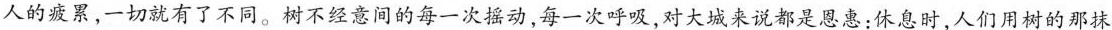
人的疲累，一切就有了不同。树不经意间的每一次摇动，每一次呼吸，对大城来说都是恩惠：休息时，人们用树的那抹